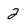
Character: 2